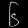
Digit: ၆